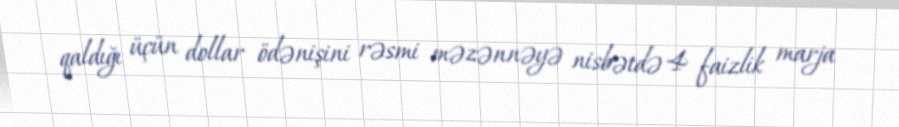
qaldığı üçün dollar ödənişini rəsmi məzənnəyə nisbətdə 4 faizlik marja